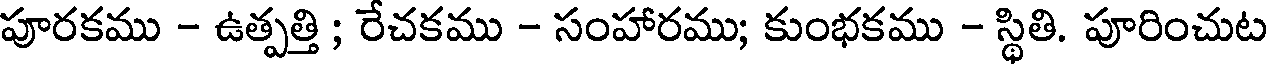
పూరకము - ఉత్పత్తి ; రేచకము - సంహారము; కుంభకము - స్థితి. పూరించుట